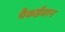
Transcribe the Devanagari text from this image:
मैकईवान